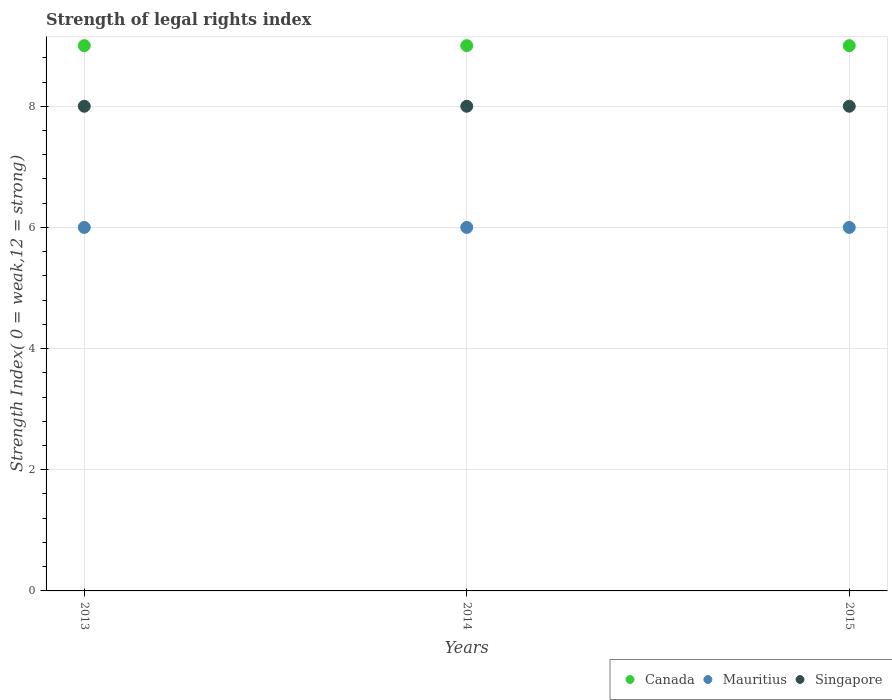
| Years | Canada | Mauritius | Singapore |
 | --- | --- | --- | --- |
 | 2013 | 9 | 6 | 8 |
 | 2014 | 9 | 6 | 8 |
 | 2015 | 9 | 6 | 8 |